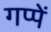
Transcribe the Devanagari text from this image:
गप्पें